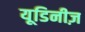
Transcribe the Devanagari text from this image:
यूडिनीज़